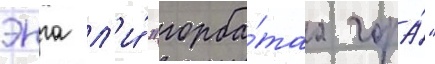
энга л'и́ "горба́таа гора́"